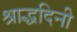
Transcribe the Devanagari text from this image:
श्राद्धदिनी